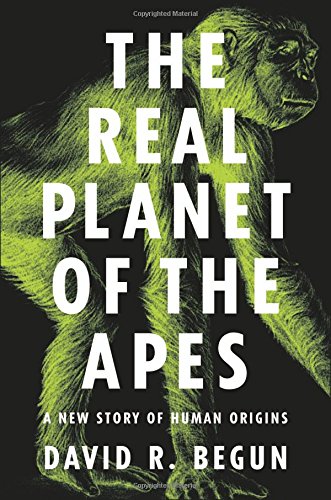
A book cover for The Real Planet of the Apes: A New Story of Human Origins; David R. Begun; Science & Math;